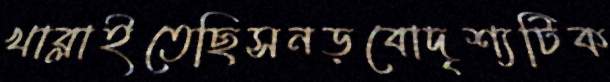
খাব্‌লাইতেছিসনড়বোদৃশ্যটিক